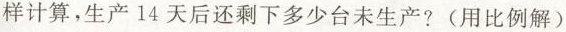
样计算，生产14天后还剩下多少台未生产?(用比例解)